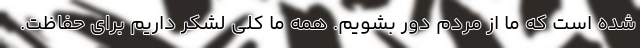
شده است که ما از مردم دور بشویم. همه ما کلی لشکر داریم برای حفاظت.